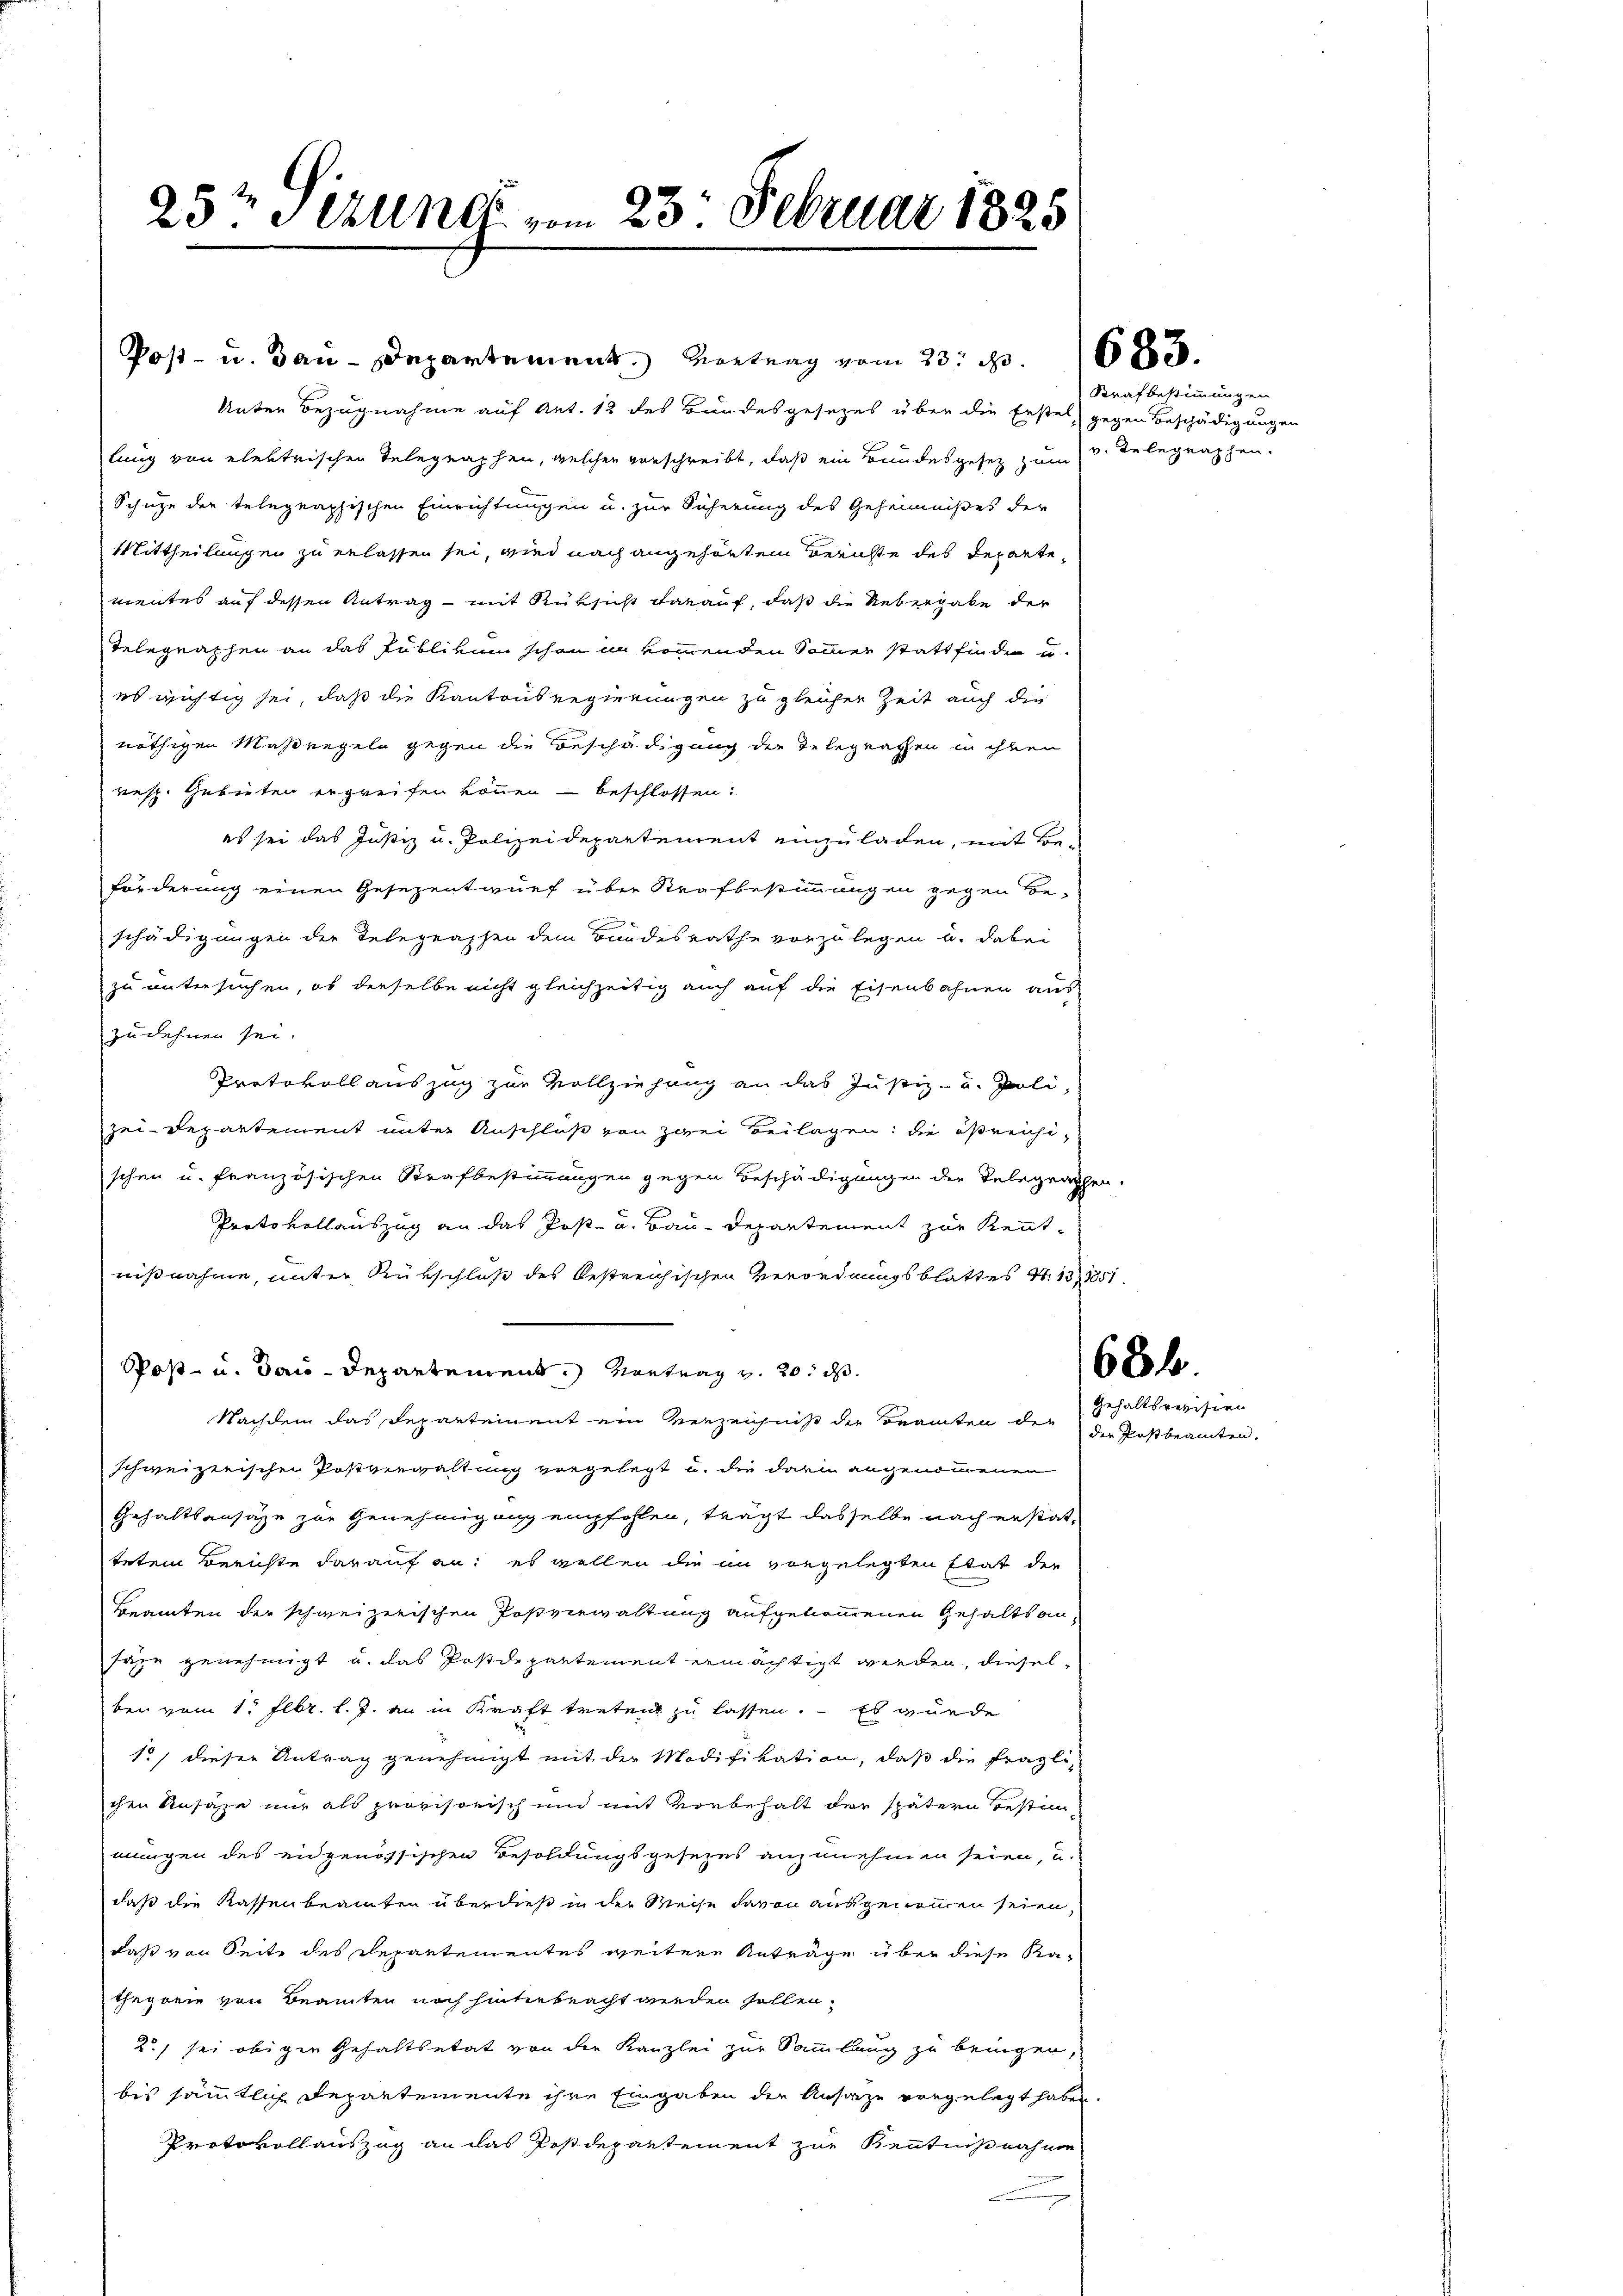
25t Sezung vom 23. Februar 1825

Post- u. Bau-Departement. Vortrag vom 23. d. 168.
Unter Bezugnahme auf Art. 12 des Bundesgesezes über die Erstel gegen Beschädigungen
lang von elektrischen Telegraphen, welcher vorschreibt, daß ein Bundesgesetz zum (v. Telegraphen-
Schuze der telegraphischen Einrichtungen u. zur Sicherung des Geheimnißes der
Mittheilungen zu erlassen sei, wird nach angehörten Berichte des Departementes auf dessen Antrag mit Rüksicht darauf, daß die Uebergabe der
Telegraphen an das Publikum schon in kommenden Sommer stattfinden u
es wichtig sei, daß die Kantonsregierungen zu gleicher Zeit auch die
nöthigen Maßregeln gegen die Beschädigung der Telegraphen in ihren
resp. Gebieten ergreifen können beschlossen:
es sei das Justiz u. Polizeidepartement einzuladen, mit Be-
förderung einen Gesezentwurf über Strafbestimmungen gegen Be-
schädigungen der Telegraphen dem Bundesrathe vorzulegen u. dabei
zu untersuchen, ob derselbe nicht gleichzeitig auch auf die Eisenbahnen aus
zudehnen sei.
Protokoll auszug zur Vollziehung an das Justiz- u. Poli-
zei-Departement unter Anschluß von zwei Beilagen: die ößreichischen u. französischen Strafbestimmungen gegen Beschädigungen der Telegraphen-
Protokollauszug an das Post- u. Bau-Departement zur Kenntnißnahme, unter Rükschluß des bestreichischen Verordnungsblattes 4. 131251
Post- u. Bau-Departement. Vortrag v. 20. d.
Nachdem das Departement ein Verzeichniß der Beamten der der Postbeamten.
schweizerischen Postverwaltung vorgelegt u. die darin angenommenen
Gehaltsansage zur Genehmigung empfohlen, trägt dasselbe nach erstattetem Berichte darauf an: es wollen die in vorgelegten Etat der
Beamten der schweizerischen Postverwaltung aufgenommenen Gehaltsan¬
Jaze genehmigt u. das Postdepartement ermächtigt werden, dieselben vom 1. Febr. l. J. an in Kraft treten zu lassen. Es wurde
15, dieser Antrag genehmigt mit der Modifikation, daß die fragli-
chen Ansäße nur als provisorisch und mit vorbehalt der spätern Bestimmungen des eidgenössischen Besoldungsgesezes anzunehmen seien, u.
daß die Kassenbeamten überdieß in der Weise davon ausgenommen seien,
daß von Seite des Departementes weitere Anträge über diese Ka-
thegorie von Beamten noch hinterbeacht werden sollen.
25, sei obigen Gehaltbetät von der Kanzlei zur Sammlung zu bringen,
bis sämmtlich Departemente ihre Eingaben der Ansize vorgelegt haben.
Protokollauszug an das Postdepartement zur Kenntnißnahme

Strafbestimmungen

686.

Gehaltsrevision